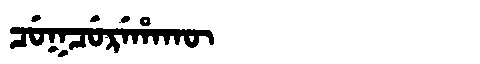
Manchu: ᠴᡠᡴᠴᡠᡵᡝᡥᠠᡴᡡ
Romanization: CUKCUREHAKŪ